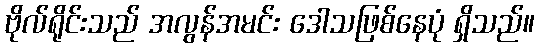
ဗိုလ်ရိုင်းသည် အလွန်အမင်း ဒေါသဖြစ်နေပုံ ရှိသည်။